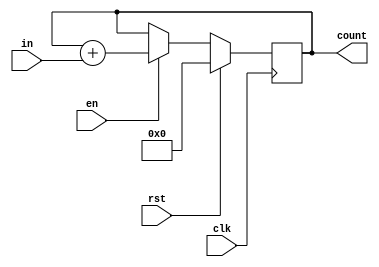
module acc #(parameter WIDTH = 32)(
input clk,
input rst,
input en,
input [7:0]in,
output reg[WIDTH-1:0] count
);

wire [15:0]extend_in;
assign extend_in={8'b0,in};

always@(posedge clk)
begin
	if(rst)
	count<=16'd0;
	else if(en)
	count<=count+in;
end

endmodule